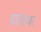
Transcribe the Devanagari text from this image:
ग्राउंडवर